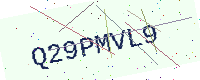
Text: Q29PMVL9